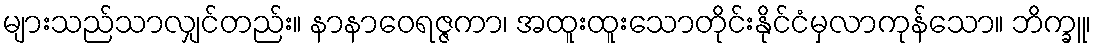
များသည်သာလျှင်တည်း။ နာနာဝေရဇ္ဇကာ၊ အထူးထူးသောတိုင်းနိုင်ငံမှလာကုန်သော။ ဘိက္ခူ၊